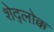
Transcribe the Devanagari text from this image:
शेद्लोक्क